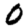
Digit: 0